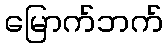
မြောက်ဘက်